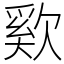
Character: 㰿